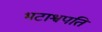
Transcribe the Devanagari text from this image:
भटाश्वपति